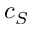
c _ { S }